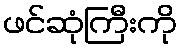
ဖင်ဆုံကြီးကို